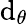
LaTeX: \mathrm{d}_{\theta}